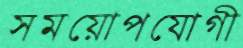
সময়োপযোগী